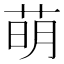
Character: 萌